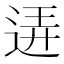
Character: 𨓡